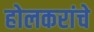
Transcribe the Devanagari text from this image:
होलकरांचे